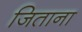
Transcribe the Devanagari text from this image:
जिताना